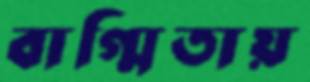
বাগ্মিতায়